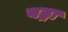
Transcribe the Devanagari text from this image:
वढ्रा